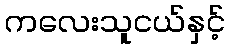
ကလေးသူငယ်နှင့်